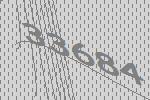
33684